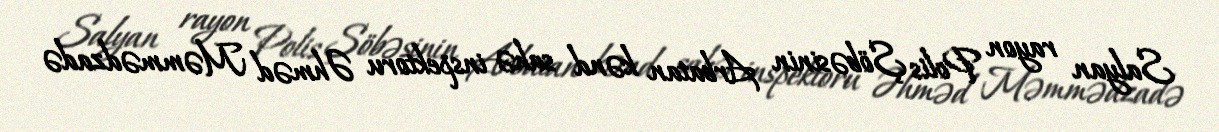
Salyan rayon Polis Şöbəsinin Arbatan kənd sahə inspektoru Əhməd Məmmədzadə